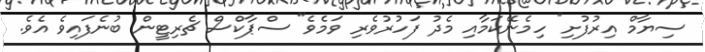
ސިޔާމް އިރުފުށި" ހިމެނޭކަމާއި މެދު ފަހުރުވެރި ވަމެވެ" ސްޕާކްސް ޗެރިޓީން ބުނެފައިވެ އެވެ.